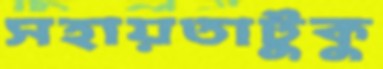
সহায়তাটুকু